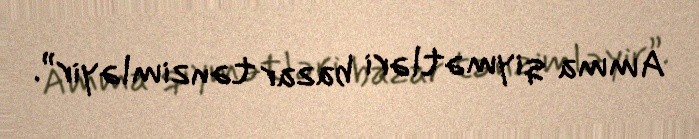
Amma qiymətləri bazar tənzimləyir”.